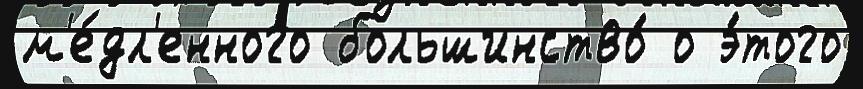
м'е́дл'енного большинство́ о э́того